Supplement to the account of plague administration in the Bombay Presidency from September 1896 till May 1897
Year: 1896
Disease focus: Plague
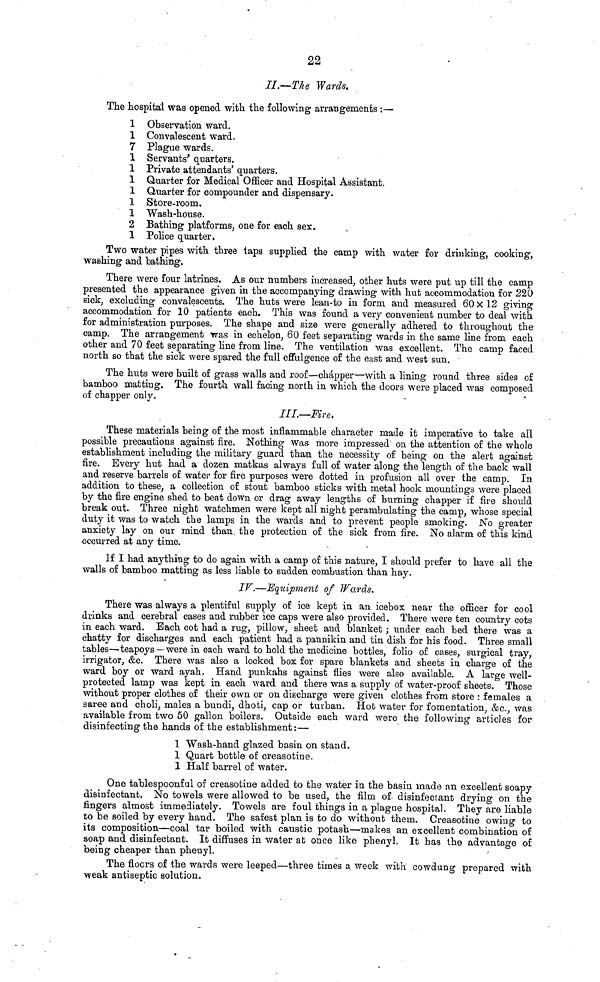
22
Π.—The Wards.
The hospital was opened with the following arrangements :—
1 Observation ward.
1 Convalescent ward.
7 Plague wards.
1 Servants' quarters.
1 Private attendants' quarters.
1 Quarter for Medical Officer and Hospital Assistant.
1 Quarter for compounder and dispensary.
1 Store-room,
1 Wash-house.
2 Bathing platforms, one for each sex.
1 Police quarter.
Two water pipes with three taps supplied the camp with water for drinking, cooking,
washing and bathing.
There were four latrines. As our numbers increased, other huts were put up till the camp
presented the appearance given in the accompanying drawing with hut accommodation for 220
sick, excluding convalescents. The huts were lean-to in form and measured 60 X 12 giving
accommodation for 10 patients each. This was found a very convenient number to deal with
for administration purposes. The shape and size were generally adhered to throughout the
camp. The arrangement was in echelon, 60 feet separating wards in the same line from each
other and 70 feet separating line from line. The ventilation was excellent. The camp faced
north so that the sick were spared the full effulgence of the east and west sun.
The huts were built of grass walls and roof—chápper—with a lining round three sides of
bamboo matting. The fourth wall facing north in which the doors were placed was composed
of chapper only.
III.—Fire.
These materials being of the most inflammable character made it imperative to take all
possible precautions against fire. Nothing was more impressed on the attention of the whole
establishment including the military guard than the necessity of being on the alert against
fire. Every hut had a dozen matkas always full of water along the length of the back wall
and reserve barrels of water for fire purposes were dotted in profusion all over the camp. In
addition to these, a collection of stout bamboo sticks with metal hook mountings were placed
by the fire engine shed to beat down or drag away lengths of burning chapper if fire should
break out. Three night watchmen were kept all night perambulating the camp, whose special
duty it was to watch the lamps in the wards and to prevent people smoking. No greater
anxiety lay on our mind than, the protection of the sick from fire. No alarm of this kind
occurred at any time.
If I had anything to do again with a camp of this nature, I should prefer to have all the
walls of bamboo matting as less liable to sudden combustion than hay.
IV.—Equipment of Wards.
There was always a plentiful supply of ice kept in an icebox near the officer for cool
drinks and cerebral cases and rubber ice caps were also provided. There were ten country cots
in each ward. Bach cot had a rug, pillow, sheet and blanket ; under each bed there was a
chatty for discharges and each patient had a pannikin and tin dish for his food. Three small
tables—teapoys — were in each ward to hold the medicine bottles, folio of cases, surgical tray,
irrigator, &c. There was also a locked box for spare blankets and sheets in charge of the
ward boy or ward ayah. Hand punkahs against flies were also available. A large well-
protected lamp was kept in each ward and there was a supply of water-proof sheets. Those
without proper clothes of their own or on discharge were given clothes from store : females a
saree and choli, males a bundi, dhoti, cap or turban. Hot water for fomentation, &c., was
available from two 50 gallon boilers. Outside each ward were the following articles for
disinfecting the hands of the establishment:—
1 Wash-hand glazed basin on stand.
1 Quart bottle of creasotine.
1 Half barrel of water.
One tablespoonful of creasotine added to the water in the basin made an excellent soapy
disinfectant. No towels were allowed to be used, the film of disinfectant drying on the
fingers almost immediately. Towels are foul things in a plague hospital. They are liable
to be soiled by every hand. The safest plan is to do without them. Creasotine owing to
its composition—coal tar boiled with caustic potash—makes an excellent combination of
soap and disinfectant. It diffuses in water at once like phenyl. It has the advantage of
being cheaper than phenyl.
The floors of the wards were leeped—three times a week with cowdung prepared with
weak antiseptic solution.